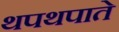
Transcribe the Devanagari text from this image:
थपथपाते